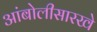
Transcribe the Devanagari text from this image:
आंबोलीसारखे